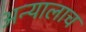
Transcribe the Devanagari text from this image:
अन्यालाच